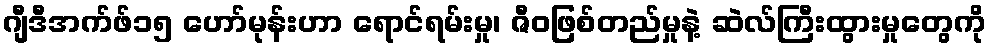
ဂျီဒီအက်ဖ်၁၅ ဟော်မုန်းဟာ ရောင်ရမ်းမှု၊ ဇီဝဖြစ်တည်မှုနဲ့ ဆဲလ်ကြီးထွားမှုတွေကို